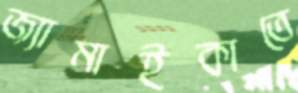
জ্যামাইকাতে